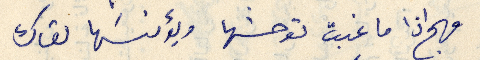
مهج اذا ما غبت توحشها ويؤنسها لقاك